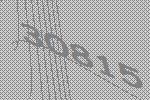
30815